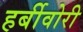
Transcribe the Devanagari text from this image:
हर्बीवोरी